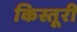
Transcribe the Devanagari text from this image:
किस्तूरी